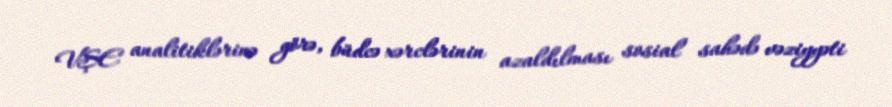
VŞE analitiklərinə görə, büdcə xərclərinin azaldılması sosial sahədə vəziyyəti